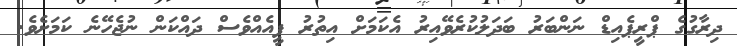
ދިރާގުގެ ޕްރީޕެއިޑް ނަންބަރު ބަދަލުކުރެވޭއިރު އެކަމަށް އިތުރު ފީއެއްވެސް ދައްކަން ނުޖެހޭނެ ކަމަށެވެ.